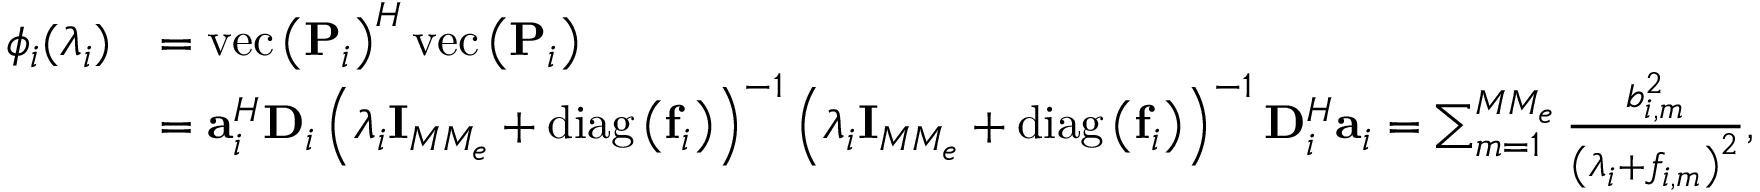
\begin{array} { r l } { \phi _ { i } ( \lambda _ { i } ) } & { = \mathrm { v e c } \left( { \uppercase { \mathbf { P } } } _ { i } \right) ^ { H } \mathrm { v e c } \left( { \uppercase { \mathbf { P } } } _ { i } \right) } \\ & { = { \lowercase { \mathbf { a } } } _ { i } ^ { H } { \uppercase { \mathbf { D } } } _ { i } \left( \lambda _ { i } { \uppercase { \mathbf { I } } } _ { M M _ { e } } + \mathrm { { d i a g } } \left( { \lowercase { \mathbf { f } } } _ { i } \right) \right) ^ { - 1 } \left( \lambda _ { i } { \uppercase { \mathbf { I } } } _ { M M _ { e } } + { \mathrm { d i a g } } \left( { \lowercase { \mathbf { f } } } _ { i } \right) \right) ^ { - 1 } { \uppercase { \mathbf { D } } } _ { i } ^ { H } { \lowercase { \mathbf { a } } } _ { i } = \sum _ { m = 1 } ^ { M M _ { e } } \frac { b _ { i , m } ^ { 2 } } { \left( \lambda _ { i } + f _ { i , m } \right) ^ { 2 } } , } \end{array}